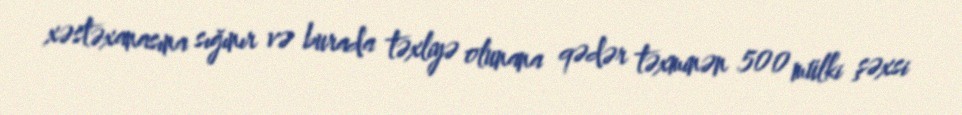
xəstəxanasına sığınır və burada təxliyə olunana qədər təxminən 500 mülki şəxsi